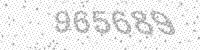
Solution: 965689